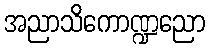
အညာသိကောဏ္ဍညော